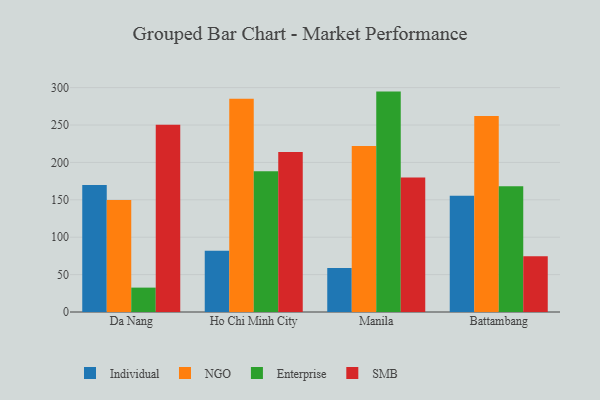
{"axis": {"x": "City", "y": "Production Output"}, "legend": ["Enterprise", "Individual", "NGO", "SMB"], "data": [{"x": "Da Nang", "y": 169.7, "type": "Individual"}, {"x": "Da Nang", "y": 149.7, "type": "NGO"}, {"x": "Da Nang", "y": 32.6, "type": "Enterprise"}, {"x": "Da Nang", "y": 250.3, "type": "SMB"}, {"x": "Ho Chi Minh City", "y": 81.8, "type": "Individual"}, {"x": "Ho Chi Minh City", "y": 285.3, "type": "NGO"}, {"x": "Ho Chi Minh City", "y": 188.2, "type": "Enterprise"}, {"x": "Ho Chi Minh City", "y": 214.1, "type": "SMB"}, {"x": "Manila", "y": 59.0, "type": "Individual"}, {"x": "Manila", "y": 221.8, "type": "NGO"}, {"x": "Manila", "y": 294.7, "type": "Enterprise"}, {"x": "Manila", "y": 179.7, "type": "SMB"}, {"x": "Battambang", "y": 155.5, "type": "Individual"}, {"x": "Battambang", "y": 262.1, "type": "NGO"}, {"x": "Battambang", "y": 168.1, "type": "Enterprise"}, {"x": "Battambang", "y": 74.4, "type": "SMB"}]}